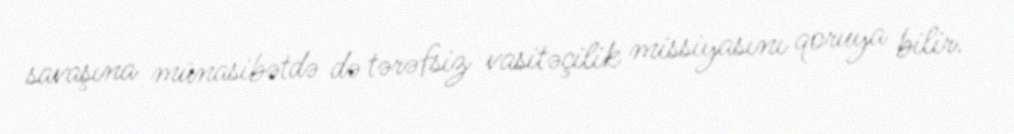
savaşına münasibətdə də tərəfsiz vasitəçilik missiyasını qoruya bilir.